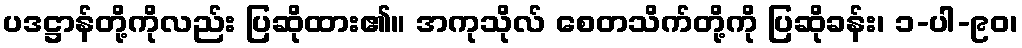
ပဒဋ္ဌာန်တို့ကိုလည်း ပြဆိုထား၏။ အကုသိုလ် စေတသိက်တို့ကို ပြဆိုခန်း၊ ၁-ပါ-၉၀၊